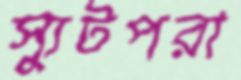
স্যুটপরা